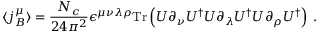
\langle j _ { B } ^ { \mu } \rangle = \frac { N _ { c } } { 2 4 \pi ^ { 2 } } \epsilon ^ { \mu \nu \lambda \rho } \mathrm { T r } \left( U \partial _ { \nu } U ^ { \dagger } U \partial _ { \lambda } U ^ { \dagger } U \partial _ { \rho } U ^ { \dagger } \right) \; .